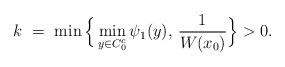
LaTeX: \begin{align*}k \ = \ \min \Big\{ \min_{y \in C^c_0} \psi_1(y), \, \frac{1}{W(x_0)} \Big\} > 0.\end{align*}